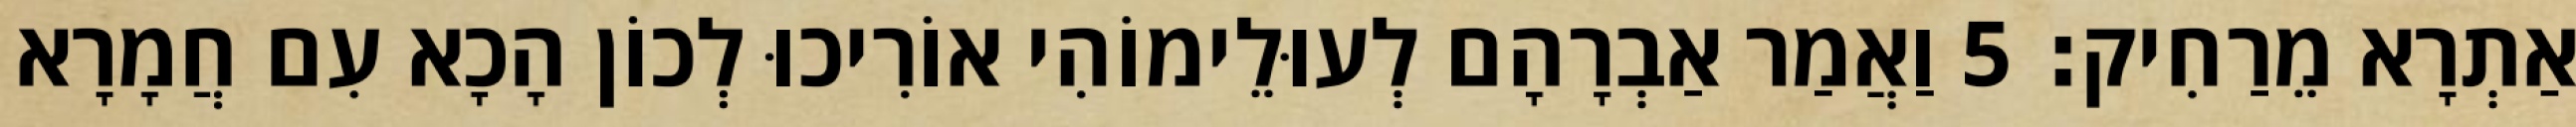
אַתְרָא מֵרַחִיק׃ 5 וַאֲמַר אַבְרָהָם לְעוּלֵימוֹהִי אוֹרִיכוּ לְכוֹן הָכָא עִם חֲמָרָא